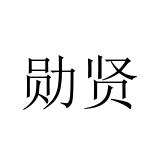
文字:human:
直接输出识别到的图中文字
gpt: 勋贤